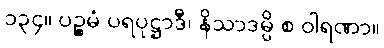
၁၃၄။ ပဉ္စမံ ပရပုဋ္ဌာဒီ၊ နိသာဒမ္ပိ စ ဝါရဏာ။